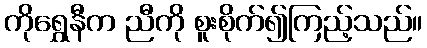
ကိုရွှေနီက ညီကို စူးစိုက်၍ကြည့်သည်။